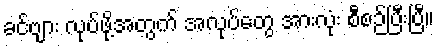
ခင်ဗျား လုပ်ဖို့အတွက် အလုပ်တွေ အားလုံး စီစဉ်ပြီးပြီ။